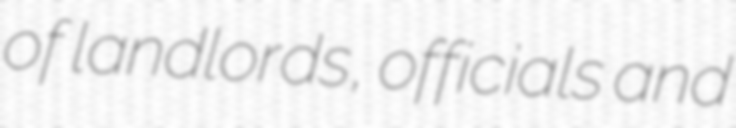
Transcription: of landlords, officials and